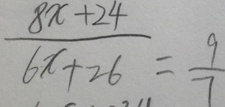
\frac { 8 x + 2 4 } { 6 x + 2 6 } = \frac { 9 } { 7 }